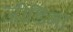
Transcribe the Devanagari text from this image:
जीडिमा